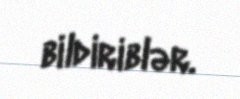
bildiriblər.